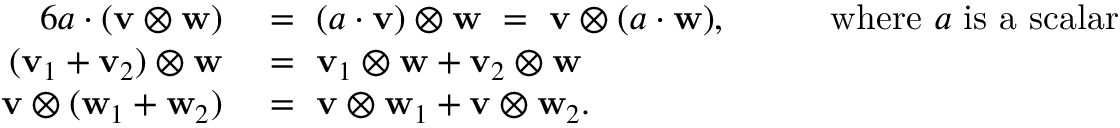
{ \begin{array} { r l r l } { { 6 } a \cdot ( \mathbf { v } \otimes \mathbf { w } ) ~ } & { = ~ ( a \cdot \mathbf { v } ) \otimes \mathbf { w } ~ = ~ \mathbf { v } \otimes ( a \cdot \mathbf { w } ) , } & & { ~ ~ { \mathrm { ~ w h e r e ~ } } a { \mathrm { ~ i s ~ a ~ s c a l a r } } } \\ { ( \mathbf { v } _ { 1 } + \mathbf { v } _ { 2 } ) \otimes \mathbf { w } ~ } & { = ~ \mathbf { v } _ { 1 } \otimes \mathbf { w } + \mathbf { v } _ { 2 } \otimes \mathbf { w } } & & { } \\ { \mathbf { v } \otimes ( \mathbf { w } _ { 1 } + \mathbf { w } _ { 2 } ) ~ } & { = ~ \mathbf { v } \otimes \mathbf { w } _ { 1 } + \mathbf { v } \otimes \mathbf { w } _ { 2 } . } & & { } \end{array} }